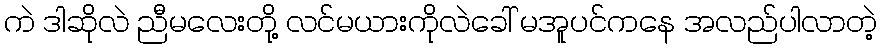
ကဲ ဒါဆိုလဲ ညီမလေးတို့ လင်မယားကိုလဲခေါ် မအူပင်ကနေ အလည်ပါလာတဲ့